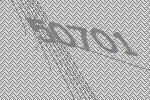
50701